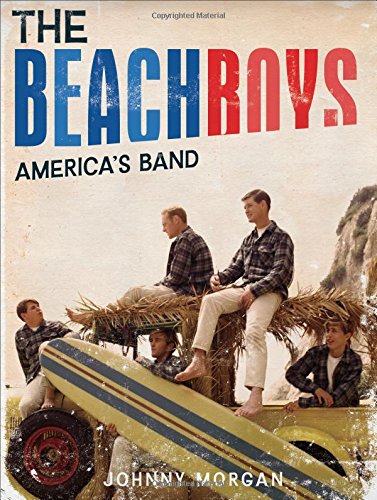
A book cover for The Beach Boys: America's Band; Johnny Morgan; Humor & Entertainment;